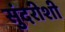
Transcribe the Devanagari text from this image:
सुंदरीशी